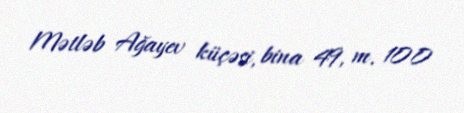
Mətləb Ağayev küçəsi, bina 49, m. 100